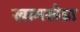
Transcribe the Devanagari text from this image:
खामखेडा